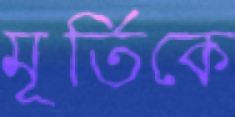
মূর্তিকে